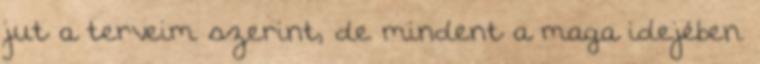
jut a terveim szerint, de mindent a maga idejében.